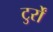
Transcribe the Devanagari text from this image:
टुर्रों